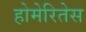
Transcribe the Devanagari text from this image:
होमेरितेस